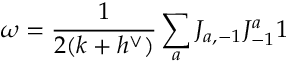
\omega = { \frac { 1 } { 2 ( k + h ^ { \vee } ) } } \sum _ { a } J _ { a , - 1 } J _ { - 1 } ^ { a } 1